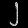
Digit: ၂